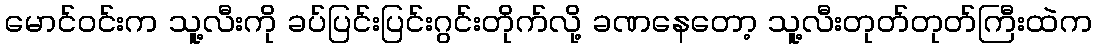
မောင်ဝင်းက သူ့လီးကို ခပ်ပြင်းပြင်းဂွင်းတိုက်လို့ ခဏနေတော့ သူ့လီးတုတ်တုတ်ကြီးထဲက